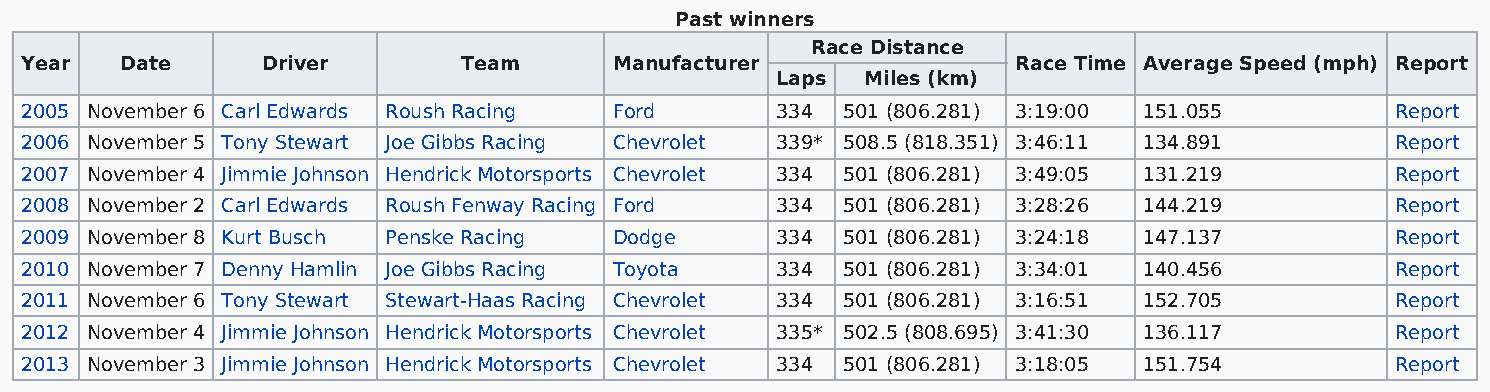
Past winners
 Race Distance
 Year   Date     Driver        Team      Manufacturer              Race Time Average Speed (mph) Report
 Laps  Miles (km)
 2005 November 6 Carl Edwards Roush Racing Ford    334  501 (806.281) 3:19:00 151.055       Report
 2006 November 5 Tony Stewart Joe Gibbs Racing Chevrolet 339* 508.5 (818.351) 3:46:11 134.891 Report
 2007 November 4 Jimmie Johnson Hendrick Motorsports Chevrolet 334 501 (806.281) 3:49:05 131.219 Report
 2008 November 2 Carl Edwards Roush Fenway Racing Ford 334 501 (806.281) 3:28:26 144.219    Report
 2009 November 8 Kurt Busch Penske Racing Dodge    334  501 (806.281) 3:24:18 147.137       Report
 2010 November 7 Denny Hamlin Joe Gibbs Racing Toyota 334 501 (806.281) 3:34:01 140.456     Report
 2011 November 6 Tony Stewart Stewart-Haas Racing Chevrolet 334 501 (806.281) 3:16:51 152.705 Report
 2012 November 4 Jimmie Johnson Hendrick Motorsports Chevrolet 335* 502.5 (808.695) 3:41:30 136.117 Report
 2013 November 3 Jimmie Johnson Hendrick Motorsports Chevrolet 334 501 (806.281) 3:18:05 151.754 Report